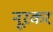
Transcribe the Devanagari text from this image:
नूरकर